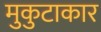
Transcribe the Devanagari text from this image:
मुकुटाकार